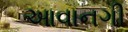
આવાનગી